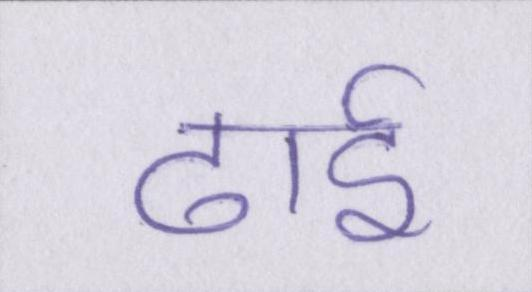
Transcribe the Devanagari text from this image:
ढाई